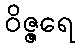
ဝိဇ္ဇရေ